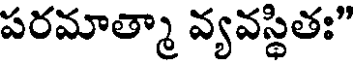
పరమాత్మా వ్యవస్థితః"